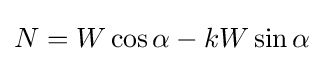
N=W\cos \alpha -kW\sin \alpha